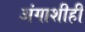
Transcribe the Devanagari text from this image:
अंगाशीही